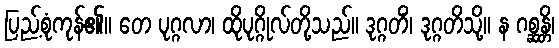
ပြည့်စုံကုန်၏။ တေ ပုဂ္ဂလာ၊ ထိုပုဂ္ဂိုလ်တို့သည်။ ဒုဂ္ဂတိံ၊ ဒုဂ္ဂတိသို့။ န ဂစ္ဆန္တိ၊